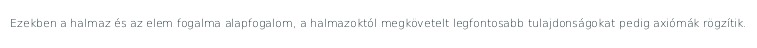
Ezekben a halmaz és az elem fogalma alapfogalom, a halmazoktól megkövetelt legfontosabb tulajdonságokat pedig axiómák rögzítik.